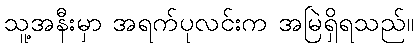
သူ့အနီးမှာ အရက်ပုလင်းက အမြဲရှိရသည်။